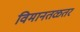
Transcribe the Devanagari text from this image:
विमानतळतर